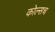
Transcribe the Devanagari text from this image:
कोल्सच